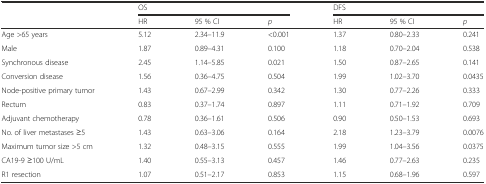
<table><thead><tr><td></td><td colspan="3"><b>OS</b></td><td colspan="3"><b>DFS</b></td></tr><tr><td></td><td><b>HR</b></td><td><b>95 % CI</b></td><td><b><i>p</i></b></td><td><b>HR</b></td><td><b>95 % CI</b></td><td><b><i>p</i></b></td></tr></thead><tbody><tr><td>Age &gt;65 years</td><td>5.12</td><td>2.34–11.9</td><td>&lt;0.001</td><td>1.37</td><td>0.80–2.33</td><td>0.241</td></tr><tr><td>Male</td><td>1.87</td><td>0.89–4.31</td><td>0.100</td><td>1.18</td><td>0.70–2.04</td><td>0.538</td></tr><tr><td>Synchronous disease</td><td>2.45</td><td>1.14–5.85</td><td>0.021</td><td>1.50</td><td>0.87–2.65</td><td>0.141</td></tr><tr><td>Conversion disease</td><td>1.56</td><td>0.36–4.75</td><td>0.504</td><td>1.99</td><td>1.02–3.70</td><td>0.0435</td></tr><tr><td>Node-positive primary tumor</td><td>1.43</td><td>0.67–2.99</td><td>0.342</td><td>1.30</td><td>0.77–2.26</td><td>0.333</td></tr><tr><td>Rectum</td><td>0.83</td><td>0.37–1.74</td><td>0.897</td><td>1.11</td><td>0.71–1.92</td><td>0.709</td></tr><tr><td>Adjuvant chemotherapy</td><td>0.78</td><td>0.36–1.61</td><td>0.506</td><td>0.90</td><td>0.50–1.53</td><td>0.693</td></tr><tr><td>No. of liver metastases ≥5</td><td>1.43</td><td>0.63–3.06</td><td>0.164</td><td>2.18</td><td>1.23–3.79</td><td>0.0076</td></tr><tr><td>Maximum tumor size &gt;5 cm</td><td>1.32</td><td>0.48–3.15</td><td>0.555</td><td>1.99</td><td>1.04–3.56</td><td>0.0375</td></tr><tr><td>CA19-9 ≥100 U/mL</td><td>1.40</td><td>0.55–3.13</td><td>0.457</td><td>1.46</td><td>0.77–2.63</td><td>0.235</td></tr><tr><td>R1 resection</td><td>1.07</td><td>0.51–2.17</td><td>0.853</td><td>1.15</td><td>0.68–1.96</td><td>0.597</td></tr></tbody></table>